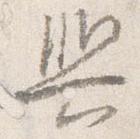
輿